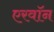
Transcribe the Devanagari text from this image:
एरवॉन